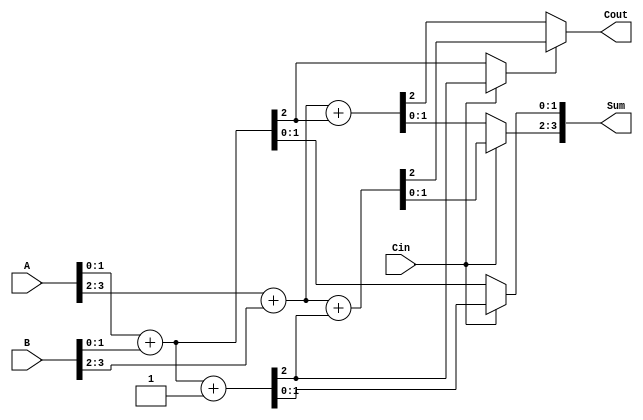
module CarrySelectAdder (
    input [3:0] A,      // 4-bit input A
    input [3:0] B,      // 4-bit input B
    input Cin,          // Carry-in
    output [3:0] Sum,   // 4-bit Sum output
    output Cout         // Carry-out
);

    // Internal signals for block sums and carries
    wire [1:0] S0_0, S0_1, S1_0, S1_1; // Sums for carry-in 0 and 1
    wire C0_0, C0_1, C1_0, C1_1;       // Carries for carry-in 0 and 1

    // Block 1 (A[1:0], B[1:0])
    assign {C0_0, S0_0} = A[1:0] + B[1:0]; // Sum and carry for Cin = 0
    assign {C1_0, S1_0} = A[1:0] + B[1:0] + 1'b1; // Sum and carry for Cin = 1

    // Block 2 (A[3:2], B[3:2])
    assign {C0_1, S0_1} = A[3:2] + B[3:2] + C0_0; // Sum and carry for Cin = 0
    assign {C1_1, S1_1} = A[3:2] + B[3:2] + C1_0; // Sum and carry for Cin = 1

    // Final carry selection
    wire carry_select_1 = Cin ? C1_0 : C0_0; // Select carry for Block 2
    wire carry_select_2 = carry_select_1 ? C1_1 : C0_1; // Final carry-out

    // Final sum selection
    assign Sum = {Cin ? S1_1 : S0_1, Cin ? S1_0 : S0_0}; // Concatenate selected sums
    assign Cout = carry_select_2; // Final carry-out

endmodule